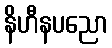
နိဟီနပညော